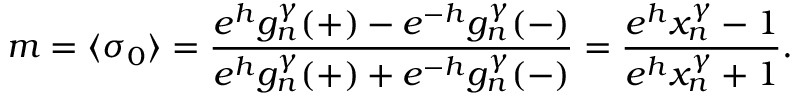
m = \langle \sigma _ { 0 } \rangle = \frac { e ^ { h } g _ { n } ^ { \gamma } ( + ) - e ^ { - h } g _ { n } ^ { \gamma } ( - ) } { e ^ { h } g _ { n } ^ { \gamma } ( + ) + e ^ { - h } g _ { n } ^ { \gamma } ( - ) } = \frac { e ^ { h } x _ { n } ^ { \gamma } - 1 } { e ^ { h } x _ { n } ^ { \gamma } + 1 } .